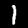
Digit: 1